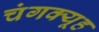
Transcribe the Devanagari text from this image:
चंगक्यूह